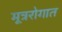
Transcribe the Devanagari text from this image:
मूत्ररोगात